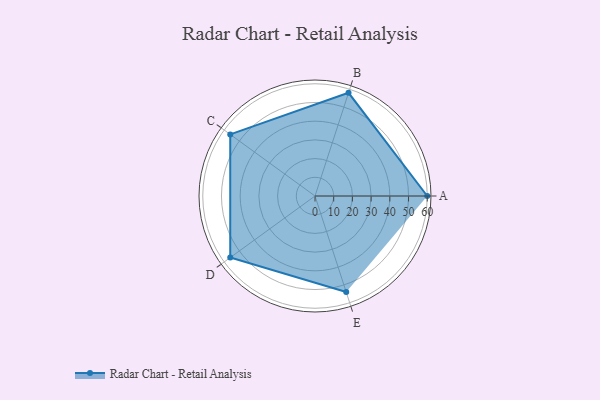
{"axis": {"x": "Skill", "y": "Score"}, "legend": ["Profile"], "data": [{"x": "A", "y": 60.0, "type": "Profile"}, {"x": "B", "y": 58.0, "type": "Profile"}, {"x": "C", "y": 56.0, "type": "Profile"}, {"x": "D", "y": 56.0, "type": "Profile"}, {"x": "E", "y": 54.0, "type": "Profile"}]}